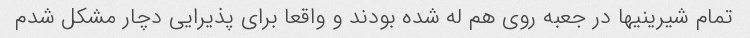
تمام شیرینیها در جعبه روی هم له شده بودند و واقعا برای پذیرایی دچار مشکل شدم